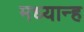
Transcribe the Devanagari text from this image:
मध्‍यान्‍ह